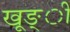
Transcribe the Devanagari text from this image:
खूङ्ी